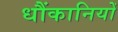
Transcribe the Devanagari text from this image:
धौंकानियों